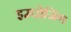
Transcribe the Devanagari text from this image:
इम्पोजिंग